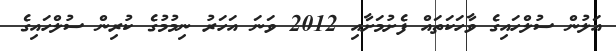
އަލުން ސުލްހައިގެ ވާހަކަތައް ފެށުމަށާއި 2012 ވަނަ އަހަރު ނިމުމުގެ ކުރިން ސުލްހައިގެ